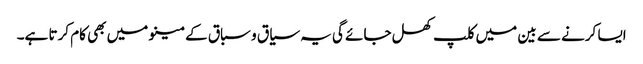
ایسا کرنے سے بین میں کلپ کھل جائے گی یہ سیاق و سباق کے مینو میں بھی کام کرتا ہے۔